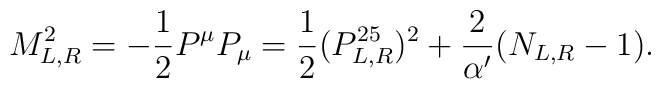
M^2_{L,R}=-\frac{1}{2}P^\mu P_\mu =\frac{1}{2}(P^{25}_{L,R})^2+\frac{2}{\alpha '}(N_{L,R}-1).